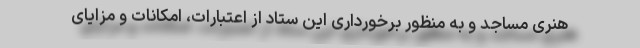
هنری مساجد و به منظور برخورداری این ستاد از اعتبارات، امکانات و مزایای